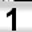
Digit: 1